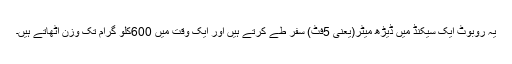
یہ روبوٹ ایک سیکنڈ میں ڈیڑھ میٹر(یعنی 5فٹ) سفر طے کرتے ہیں اور ایک وقت میں 600کلو گرام تک وزن اُٹھاتے ہیں۔